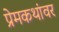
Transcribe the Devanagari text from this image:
प्रेमकथांवर